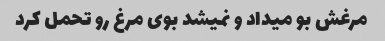
مرغش بو میداد و نمیشد بوی مرغ رو تحمل کرد